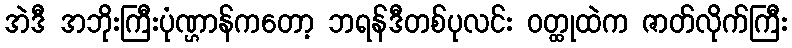
အဲဒီ အဘိုးကြီးပုံဏ္ဌာန်ကတော့ ဘရန်ဒီတစ်ပုလင်း ဝတ္ထုထဲက ဇာတ်လိုက်ကြီး